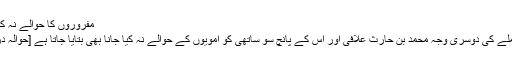
مفروروں کا حوالے نہ کیا جانا
اس حملے کی دوسری وجہ محمد بن حارث علافی اور اس کے پانچ سو ساتھی کو امویوں کے حوالے نہ کیا جانا بھی بتایا جاتا ہے [حوالہ درکار]۔